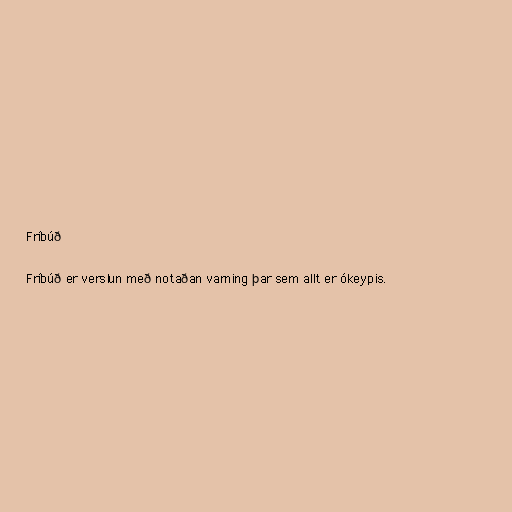
Fríbúð

Fríbúð er verslun með notaðan varning þar sem allt er ókeypis.